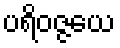
ပရိဝဇ္ဇယေ